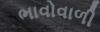
ભાવોવાળી